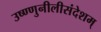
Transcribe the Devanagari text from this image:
उष्ण्णुनीलीसंदेशम्